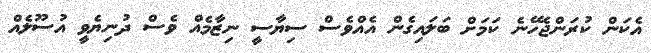
އެކަން ކުރަންޖެހޭނެ ކަމަށް ބަލައިގެން އެއްވެސް ސިޔާސީ ނިޒާމެއް ވެސް ދުނިޔެވީ އުސޫލެއް